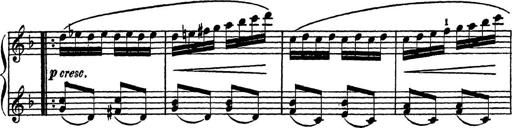
Title: Piano Sonatinas
Composer: Charles Fradel